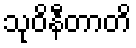
သုဝိနီတာတိ